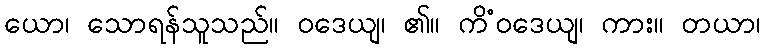
ယော၊ သောရန်သူသည်။ ဝဒေယျ၊ ၏။ ကိံဝဒေယျ၊ ကား။ တယာ၊